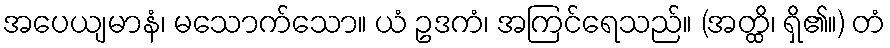
အပေယျမာနံ၊ မသောက်သော။ ယံ ဥဒကံ၊ အကြင်ရေသည်။ (အတ္ထိ၊ ရှိ၏။) တံ